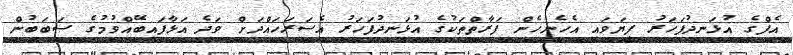
އެފްގެ އުޅަނދުފަހަރު ފިޔަވައި އެހެނިހެން ފަރާތްތަކުގެ އުޅަނދުފަހަރު އެސަރަހައްދަށް ވަދެ އަޅާފައިބޭއްވުމުގެ ސަބަބުން